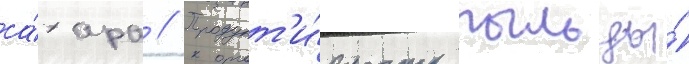
са́хара // Продукт'и́вность пыльцы́